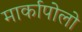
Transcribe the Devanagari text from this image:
मार्कापोलो